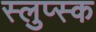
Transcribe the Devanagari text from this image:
स्लुप्स्क